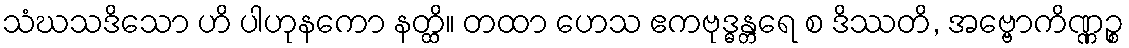
သံဃသဒိသော ဟိ ပါဟုနကော နတ္ထိ။ တထာ ဟေသ ဧကဗုဒ္ဓန္တရေ စ ဒိဿတိ, အဗ္ဗောကိဏ္ဏဉ္စ